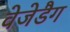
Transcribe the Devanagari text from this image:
वेजेडैग